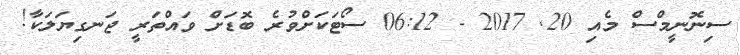
ސިނޮނީމްސް މެއި 20